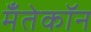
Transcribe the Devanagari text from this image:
मँतेकॉन